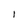
Character: l